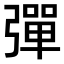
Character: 彈